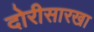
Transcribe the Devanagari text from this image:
दोरीसारखा